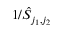
1 / \hat { S } _ { j _ { 1 } , j _ { 2 } }